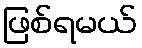
ဖြစ်ရမယ်